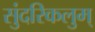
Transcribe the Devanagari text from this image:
सुंदरिकलुम्